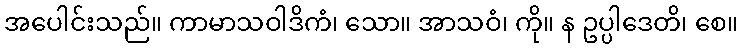
အပေါင်းသည်။ ကာမာသဝါဒိကံ၊ သော။ အာသဝံ၊ ကို။ န ဥပ္ပါဒေတိ၊ စေ။